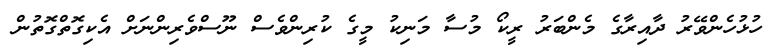
ހުޅުހެންވޭރު ދާއިރާގެ މެންބަރު ރީކޯ މުސާ މަނިކު މީގެ ކުރިންވެސް ނޫސްވެރިންނަށް އެކިގޮތްގޮތުން